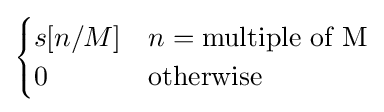
\scriptstyle {\begin{cases}s[n/M]&n={\text{multiple of M}}\\0&{\text{otherwise}}\end{cases}}